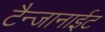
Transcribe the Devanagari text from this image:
टैन्जानाईट